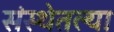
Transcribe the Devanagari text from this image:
संस्थेतल्या